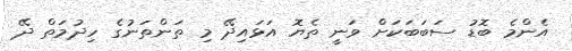
އެންމެ ބޮޑު ސަބަބަކަށް ވަނީ ތެޔޮ އަޅައިދޭ މި ތަންތަނުގެ ހިދުމަތް ދޭ